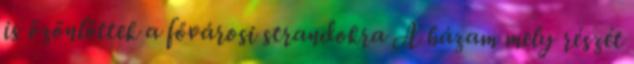
is özönlöttek a fővárosi strandokra A házam mely részét